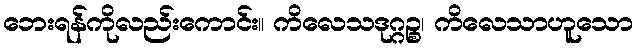
ဘေးရန်ကိုလည်းကောင်း။ ကိလေသဒုဂ္ဂဉ္စ၊ ကိလေသာဟူသော